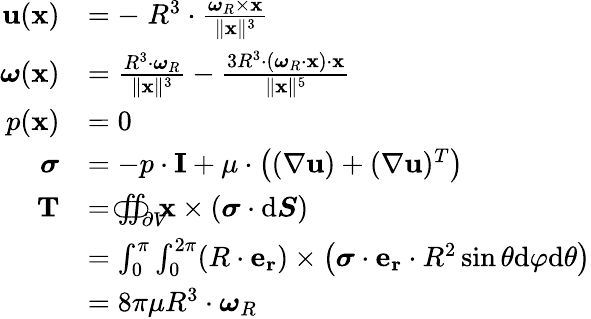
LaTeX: {\begin{array}{rl}{\mathbf{u}(\mathbf{x})}&{=-\; R^{3}\cdot{\frac{{\boldsymbol{\omega}}_{R}\times\mathbf{x}}{\| \mathbf{x}\| ^{3}}}}\\ {{\boldsymbol{\omega}}(\mathbf{x})}&{={\frac{R^{3}\cdot{\boldsymbol{\omega}}_{R}}{\| \mathbf{x}\| ^{3}}}-{\frac{3R^{3}\cdot({\boldsymbol{\omega}}_{R}\cdot\mathbf{x})\cdot\mathbf{x}}{\| \mathbf{x}\| ^{5}}}}\\ {p(\mathbf{x})}&{=0}\\ {{\boldsymbol{\sigma}}}&{=-p\cdot\mathbf{I}+\mu\cdot\left((\nabla\mathbf{u})+(\nabla\mathbf{u})^{T}\right)}\\ {\mathbf{T}}&{=\iint_{\partial V}\! \! \! \! \! \! \! \! \! \! \! \! \! \! \subset\! \supset\mathbf{x}\times\left({\boldsymbol{\sigma}}\cdot{\mathrm{d}}{\boldsymbol{S}}\right)}\\ &{=\int_{0}^{\pi}\int_{0}^{2\pi}(R\cdot\mathbf{e_{r}})\times\left({\boldsymbol{\sigma}}\cdot\mathbf{e_{r}}\cdot R^{2}\sin\theta{\mathrm{d}}\varphi{\mathrm{d}}\theta\right)}\\ &{=8\pi\mu R^{3}\cdot{\boldsymbol{\omega}}_{R}}\end{array}}